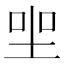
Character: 𡋑